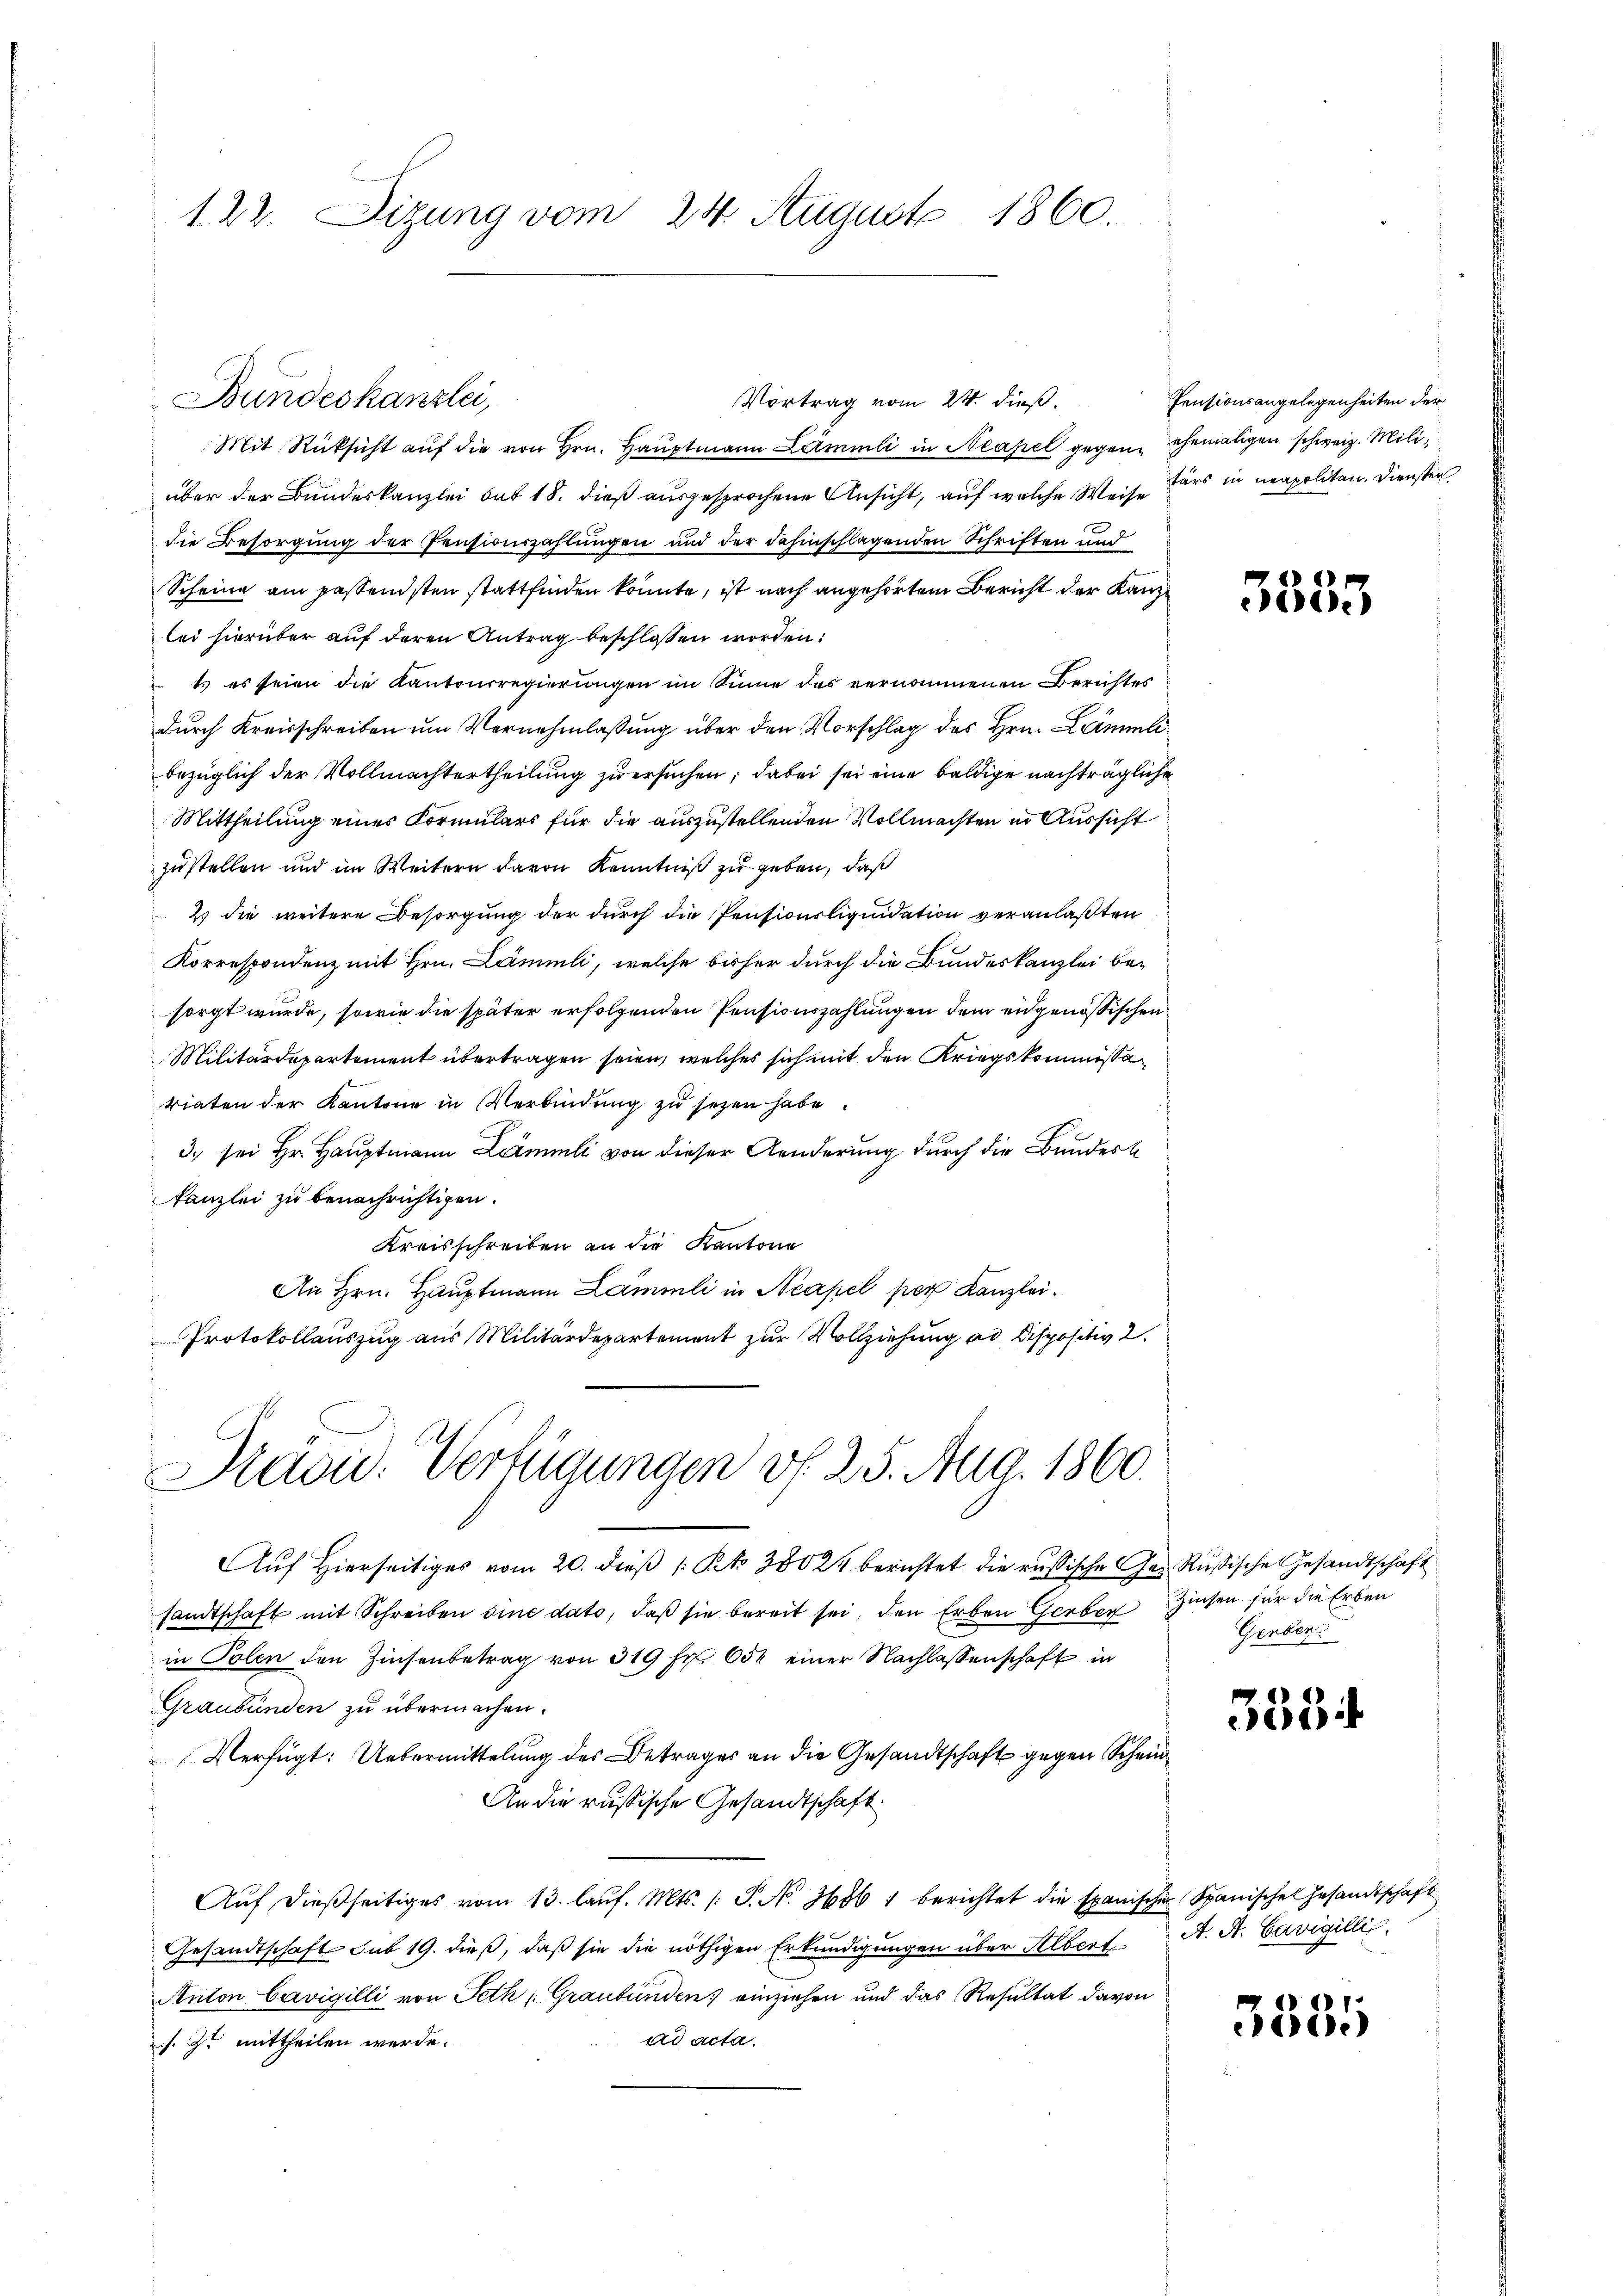
122. Sizung vom 24. August 1860.

Vortrag vom 24. dieß.
Mit Rücksicht auf die von Hrn. Hauptmann Leimmli in Neapel gegen ehemaligen schweiz. Mili
über der Bundeskanzlei sub 18. dieß ausgesprochene Ansicht, auf welche Weise
die Besorgung der Pensionszahlungen und der dahinschlagenden Schriften und
Scheine am passendsten stattfinden könnte, ist nach angehörtem Bericht der Kanzlei hierüber auf deren Antrag beschlossen worden:
t es seien die Kantonsregierungen im Sinne des vernommenen Berichtes
durch Kreisschreiben um Vernehmlassung über den Vorschlag des Hrn. Lämmli
bezüglich der Vollmachtertheilung zu ersuchen; dabei sei eine baldige nachträgliche
Mittheilung eines Kormulars für die auszustellenden Vollmachten in Aussicht
zustellen und im Weitern davon Kenntniß zu geben, daß
2) die weitere Besorgung der durch die Pensionsliquidation veranlaßten
Korrespondenz mit Hrn. Lämmli, welche bisher durch die Bundeskanzlei besorgt wurde, sowie die später erfolgenden Pensionszahlungen dem eidgenössischen
Militärdepartement übertragen seien, welches sich mit den Kriegskommissar
riaten der Kantone in Verbindung zu sezen habe.
3. sei Hr. Hauptmann Lämmli von dieser Aenderung durch die Bundert
kanzlei zu benachrichtigen.
Kreisschreiben an die Kantona
An Hrn. Hauptmann Lämmli in Neapel per Kanzlei.
Protokollauszug aus Militärdepartement zur Vollziehung ad Dispositiv 2.
Präsid. Verfügungen v. 25. Aug. 1860.
Auf Hierseitiges vom 20. dieß (Rk 38024 berichtet die russische Ges. Russische Gesandtschaft
sandtschaft mit Schreiben eine dato, daß sie bereit sei, den Erben Gerben Zinsen für die Erben
in Polen den Zinsenbetrag von 319 Fr. 654 einer Nachlassenschaft in
Graubünden zu übermachen.
Verfügt: Uebermittelung des Betrages an die Gesandtschaft gegen Schein¬
An die russische Gesandtschaft
Aŭf dießseitiges vom 13. laŭf. Mts. /: P. N. 36861 berichtet die spanischen Spanischen Gesandtschaft
Gesandtschaft sub 19. dieß, daß sie die nöthigen Erkundigungen über Albert A. A. Savigilli
Anton Cavigilli von Peth Graubünden einziehen und das Resultat davon
ad acta.
s. Er mittheilen werde.

Bundeskanzlei,

Pensionsangelegenheiten der
tärs in neapolitan. Diensten

3535

Genber

333

3335